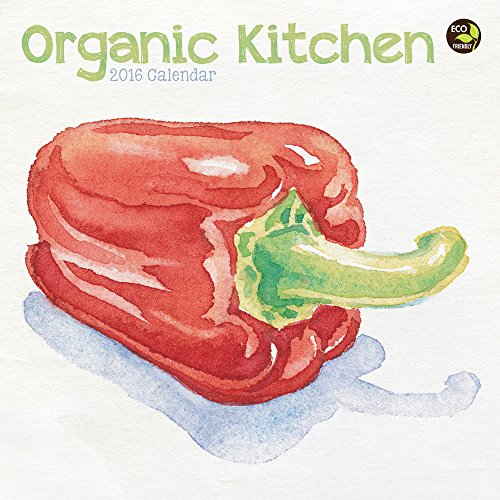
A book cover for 2016 Organic Kitchen Mini Calendar; TF Publishing; Calendars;